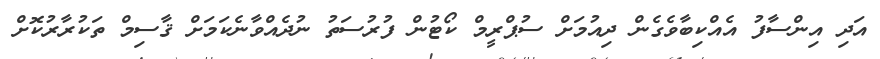
އަދި އިންސާފު އެއްކިބާވެގެން ދިއުމަށް ސުޕްރީމް ކޯޓުން ފުރުސަތު ނުދެއްވާނެކަމަށް ޤާސިމް ތަކުރާރުކޮށް